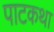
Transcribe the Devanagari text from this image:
पाटकथा